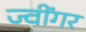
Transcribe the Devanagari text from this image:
ज्वींगर